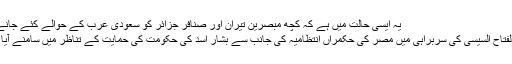
یہ ایسی حالت میں ہے کہ کچھ مبصرین تيران اور صنافر جزائر کو سعودی عرب کے حوالے کئے جانے ...
عبد الفتاح السیسی کی سربراہی میں مصر کی حکمراں انتظامیہ کی جانب سے بشار اسد کی حکومت کی حمایت کے تناظر میں سامنے آیا ہے۔